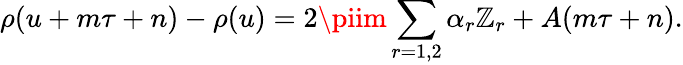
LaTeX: \rho(u+m\tau+n)-\rho(u)=2\piim\sum_{r=1,2}\alpha_{r}\mathbb{Z}_{r}+A(m\tau+n).